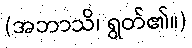
(အဘာသိ၊ ရွတ်၏။)